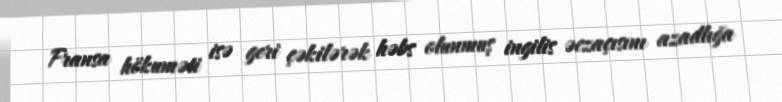
Fransa hökuməti isə geri çəkilərək həbs olunmuş ingilis əczaçısını azadlığa